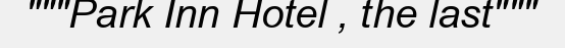
"""Park Inn Hotel , the last"""